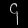
Digit: ၄